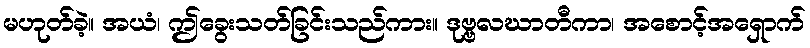
မဟုတ်ခဲ့။ အယံ၊ ဤခွေးသတ်ခြင်းသည်ကား။ ဒုဗ္ဗလဃာတီကာ၊ အစောင့်အရှောက်